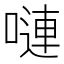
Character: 嗹